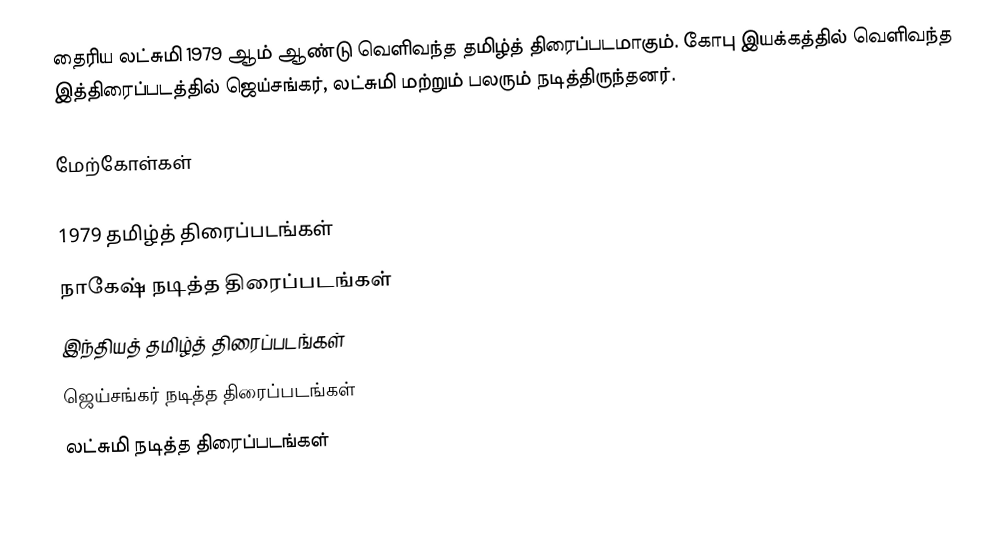
தைரிய லட்சுமி 1979 ஆம் ஆண்டு வெளிவந்த தமிழ்த் திரைப்படமாகும். கோபு இயக்கத்தில் வெளிவந்த இத்திரைப்படத்தில் ஜெய்சங்கர், லட்சுமி மற்றும் பலரும் நடித்திருந்தனர்.

மேற்கோள்கள்

1979 தமிழ்த் திரைப்படங்கள்
நாகேஷ் நடித்த திரைப்படங்கள்
இந்தியத் தமிழ்த் திரைப்படங்கள்
ஜெய்சங்கர் நடித்த திரைப்படங்கள்
லட்சுமி நடித்த திரைப்படங்கள்